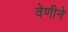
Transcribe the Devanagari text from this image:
वेणीने